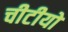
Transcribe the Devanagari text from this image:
चीटीयों